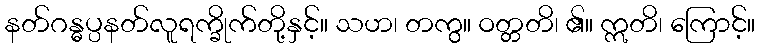
နတ်ဂန္ဓပ္ပနတ်လူရက္ခိုက်တို့နှင့်။ သဟ၊ တကွ။ ဝတ္တတိ၊ ၏။ ဣတိ၊ ကြောင့်။